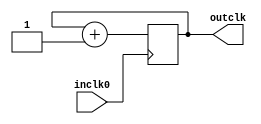
module VGA_REAL_GAME_CLK(	
	inclk0,
	outclk);

	input inclk0;
	output reg[20:0] outclk;
		
	always@(posedge inclk0) begin
		outclk <= outclk + 1'b1;
	end
	
endmodule